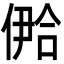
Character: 鿘